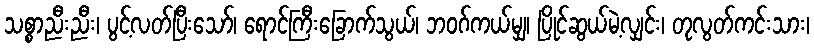
သစ္စာညီးညီး၊ ပွင့်လတ်ပြီးသော်၊ ရောင်ကြီးခြောက်သွယ်၊ ဘဝဂ်ကယ်မျှ၊ ပြိုင်ဆွယ်မဲ့လျှင်း၊ တုလွတ်ကင်းသား၊